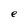
Character: e